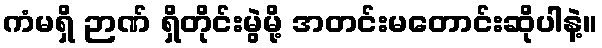
ကံမရှိ ဉာဏ် ရှိတိုင်းမွဲမို့ အတင်းမတောင်းဆိုပါနဲ့။